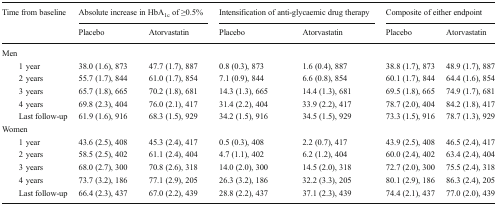
<table><thead><tr><td rowspan="2"><b>Time from baseline</b></td><td colspan="2"><b>Absolute increase in HbA<sub>1c</sub> of ≥0.5%</b></td><td colspan="2"><b>Intensification of anti-glycaemic drug therapy</b></td><td colspan="2"><b>Composite of either endpoint</b></td></tr><tr><td><b>Placebo</b></td><td><b>Atorvastatin</b></td><td><b>Placebo</b></td><td><b>Atorvastatin</b></td><td><b>Placebo</b></td><td><b>Atorvastatin</b></td></tr></thead><tbody><tr><td colspan="7">Men</td></tr><tr><td>1 year</td><td>38.0 (1.6), 873</td><td>47.7 (1.7), 887</td><td>0.8 (0.3), 873</td><td>1.6 (0.4), 887</td><td>38.8 (1.7), 873</td><td>48.9 (1.7), 887</td></tr><tr><td>2 years</td><td>55.7 (1.7), 844</td><td>61.0 (1.7), 854</td><td>7.1 (0.9), 844</td><td>6.6 (0.8), 854</td><td>60.1 (1.7), 844</td><td>64.4 (1.6), 854</td></tr><tr><td>3 years</td><td>65.7 (1.8), 665</td><td>70.2 (1.8), 681</td><td>14.3 (1.3), 665</td><td>14.4 (1.3), 681</td><td>69.5 (1.8), 665</td><td>74.9 (1.7), 681</td></tr><tr><td>4 years</td><td>69.8 (2.3), 404</td><td>76.0 (2.1), 417</td><td>31.4 (2.2), 404</td><td>33.9 (2.2), 417</td><td>78.7 (2.0), 404</td><td>84.2 (1.8), 417</td></tr><tr><td>Last follow-up</td><td>61.9 (1.6), 916</td><td>68.3 (1.5), 929</td><td>34.2 (1.5), 916</td><td>34.5 (1.5), 929</td><td>73.3 (1.5), 916</td><td>78.7 (1.3), 929</td></tr><tr><td colspan="7">Women</td></tr><tr><td>1 year</td><td>43.6 (2.5), 408</td><td>45.3 (2.4), 417</td><td>0.5 (0.3), 408</td><td>2.2 (0.7), 417</td><td>43.9 (2.5), 408</td><td>46.5 (2.4), 417</td></tr><tr><td>2 years</td><td>58.5 (2.5), 402</td><td>61.1 (2.4), 404</td><td>4.7 (1.1), 402</td><td>6.2 (1.2), 404</td><td>60.0 (2.4), 402</td><td>63.4 (2.4), 404</td></tr><tr><td>3 years</td><td>68.0 (2.7), 300</td><td>70.8 (2.6), 318</td><td>14.0 (2.0), 300</td><td>14.5 (2.0), 318</td><td>72.7 (2.0), 300</td><td>75.5 (2.4), 318</td></tr><tr><td>4 years</td><td>73.7 (3.2), 186</td><td>77.1 (2.9), 205</td><td>26.3 (3.2), 186</td><td>32.2 (3.3), 205</td><td>80.1 (2.9), 186</td><td>86.3 (2.4), 205</td></tr><tr><td>Last follow-up</td><td>66.4 (2.3), 437</td><td>67.0 (2.2), 439</td><td>28.8 (2.2), 437</td><td>37.1 (2.3), 439</td><td>74.4 (2.1), 437</td><td>77.0 (2.0), 439</td></tr></tbody></table>